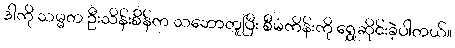
ဒါကို သမ္မတ ဦးသိန်းစိန်က သဘောတူပြီး စီမံကိန်းကို ရွှေ့ဆိုင်းခဲ့ပါတယ်။